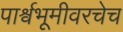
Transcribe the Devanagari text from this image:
पार्श्वभूमीवरचेच